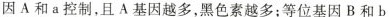
因A和a控制，且A基因越多，黑色素越多；等位基因B和b